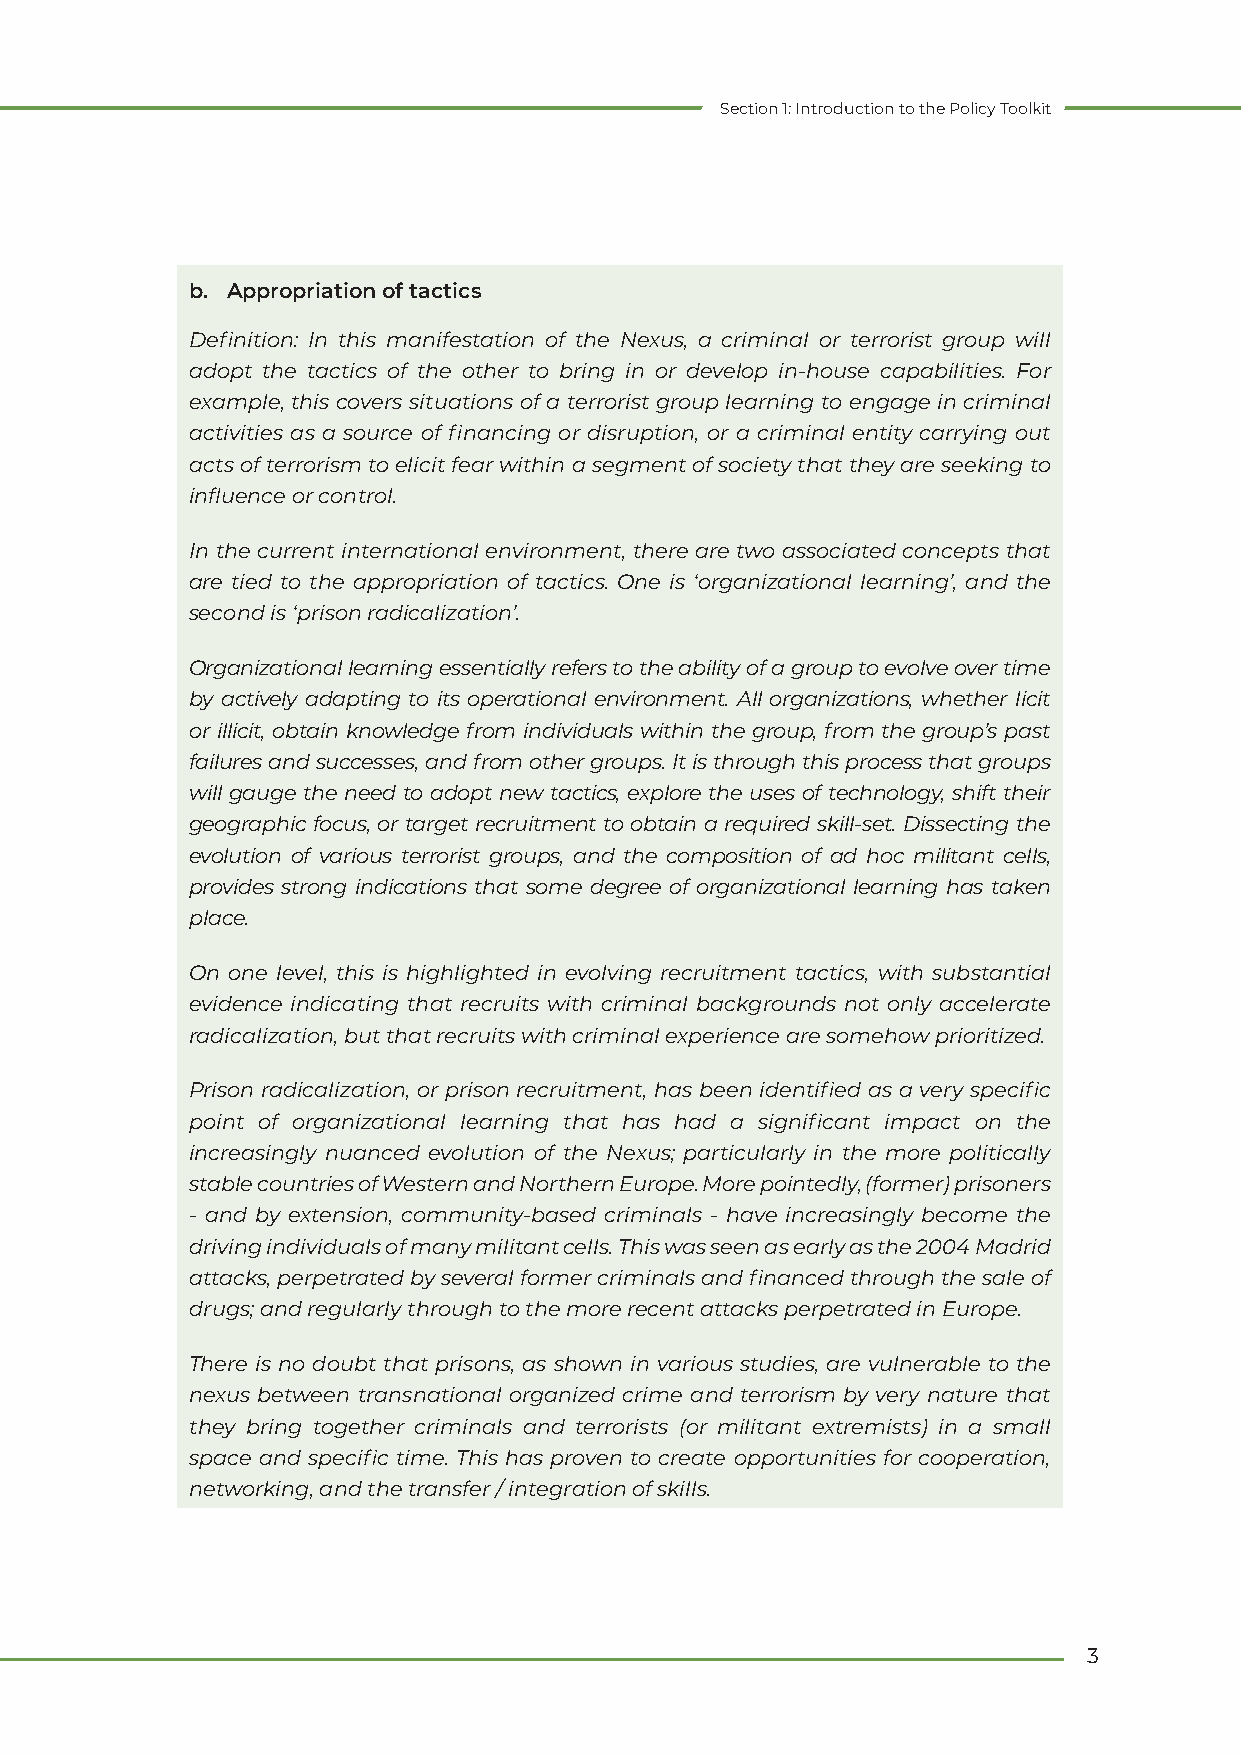
Section 1: Introduction to the Policy Toolkit
 b. Appropriation of tactics
 Definition: In this manifestation of the Nexus, a criminal or terrorist group will
 adopt the tactics of the other to bring in or develop in-house capabilities. For
 example, this covers situations of a terrorist group learning to engage in criminal
 activities as a source of financing or disruption, or a criminal entity carrying out
 acts of terrorism to elicit fear within a segment of society that they are seeking to
 influence or control.
 In the current international environment, there are two associated concepts that
 are tied to the appropriation of tactics. One is ‘organizational learning’, and the
 second is ‘prison radicalization’.
 Organizational learning essentially refers to the ability of a group to evolve over time
 by actively adapting to its operational environment. All organizations, whether licit
 or illicit, obtain knowledge from individuals within the group, from the group’s past
 failures and successes, and from other groups. It is through this process that groups
 will gauge the need to adopt new tactics, explore the uses of technology, shift their
 geographic focus, or target recruitment to obtain a required skill-set. Dissecting the
 evolution of various terrorist groups, and the composition of ad hoc militant cells,
 provides strong indications that some degree of organizational learning has taken
 place.
 On one level, this is highlighted in evolving recruitment tactics, with substantial
 evidence indicating that recruits with criminal backgrounds not only accelerate
 radicalization, but that recruits with criminal experience are somehow prioritized.
 Prison radicalization, or prison recruitment, has been identified as a very specific
 point of organizational learning that has had a significant impact on the
 increasingly nuanced evolution of the Nexus; particularly in the more politically
 stable countries of Western and Northern Europe. More pointedly, (former) prisoners
 - and by extension, community-based criminals - have increasingly become the
 driving individuals of many militant cells. This was seen as early as the 2004 Madrid
 attacks, perpetrated by several former criminals and financed through the sale of
 drugs; and regularly through to the more recent attacks perpetrated in Europe.
 There is no doubt that prisons, as shown in various studies, are vulnerable to the
 nexus between transnational organized crime and terrorism by very nature that
 they bring together criminals and terrorists (or militant extremists) in a small
 space and specific time. This has proven to create opportunities for cooperation,
 networking, and the transfer / integration of skills.
 3